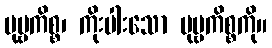
ပုဗ္ဗကိစ္စ၊ ကိုးပါးသော ပုဗ္ဗကိစ္စကို။